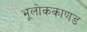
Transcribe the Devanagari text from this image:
भूलाेककाणड